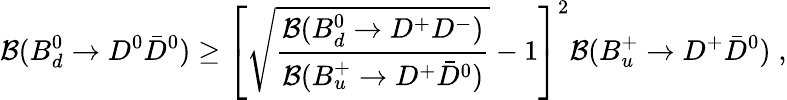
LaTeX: {\cal B}(B_{d}^{0}\rightarrow D^{0}\bar{D}^{0})\geq\left[\sqrt{\frac{{\cal B}(B_{d}^{0}\rightarrow D^{+}D^{-})}{{\cal B}(B_{u}^{+}\rightarrow D^{+}\bar{D}^{0})}}-1\right]^{2}{\cal B}(B_{u}^{+}\rightarrow D^{+}\bar{D}^{0})\; ,